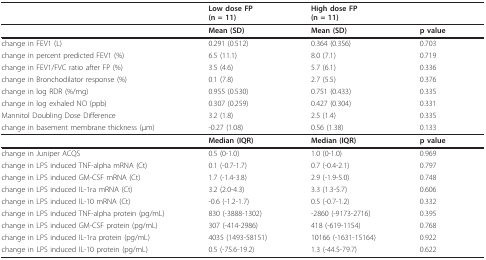
|  | Low dose FP(n = 11) | High dose FP(n = 11) |  |
 | --- | --- | --- | --- |
 |  | Mean (SD) | Mean (SD) | p value |
 | change in FEV1 (L) | 0.291 (0.512) | 0.364 (0.356) | 0.703 |
 | change in percent predicted FEV1 (%) | 6.5 (11.1) | 8.0 (7.1) | 0.719 |
 | change in FEV1/FVC ratio after FP (%) | 3.5 (4.6) | 5.7 (6.1) | 0.336 |
 | change in Bronchodilator response (%) | 0.1 (7.8) | 2.7 (5.5) | 0.376 |
 | change in log RDR (%/mg) | 0.955 (0.530) | 0.751 (0.433) | 0.335 |
 | change in log exhaled NO (ppb) | 0.307 (0.259) | 0.427 (0.304) | 0.331 |
 | Mannitol Doubling Dose Difference | 3.2 (1.8) | 2.5 (1.4) | 0.335 |
 | change in basement membrane thickness (μm) | -0.27 (1.08) | 0.56 (1.38) | 0.133 |
 |  | Median (IQR) | Median (IQR) | p value |
 | change in Juniper ACQS | 0.5 (0-1.0) | 1.0 (0-1.0) | 0.969 |
 | change in LPS induced TNF-alpha mRNA (Ct) | 0.1 (-0.7-1.7) | 0.7 (-0.4-2.1) | 0.797 |
 | change in LPS induced GM-CSF mRNA (Ct) | 1.7 (-1.4-3.8) | 2.9 (-1.9-5.0) | 0.748 |
 | change in LPS induced IL-1ra mRNA (Ct) | 3.2 (2.0-4.3) | 3.3 (1.3-5.7) | 0.606 |
 | change in LPS induced IL-10 mRNA (Ct) | -0.6 (-1.2-1.7) | 0.5 (-0.7-1.2) | 0.332 |
 | change in LPS induced TNF-alpha protein (pg/mL) | 830 (-3888-1302) | -2860 (-9173-2716) | 0.395 |
 | change in LPS induced GM-CSF protein (pg/mL) | 307 (-414-2986) | 418 (-619-1154) | 0.768 |
 | change in LPS induced IL-1ra protein (pg/mL) | 4035 (1493-58151) | 10166 (-1631-15164) | 0.922 |
 | change in LPS induced IL-10 protein (pg/mL) | 0.5 (-75.6-19.2) | 1.3 (-44.5-79.7) | 0.622 |